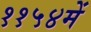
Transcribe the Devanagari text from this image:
११५४में